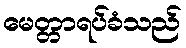
မေတ္တာရပ်ခံသည်